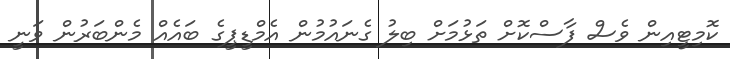
ކޮމިޓީއިން ވެސް ފާސްކޮށް ތަޅުމަށް ބިލު ގެނައުމުން އެމްޑީޕީގެ ބައެއް މެންބަރުން ވަނީ